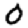
Digit: 0